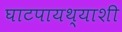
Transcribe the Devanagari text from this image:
घाटपायथ्याशी